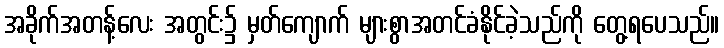
အခိုက်အတန့်လေး အတွင်း၌ မှတ်ကျောက် များစွာအတင်ခံနိုင်ခဲ့သည်ကို တွေ့ရပေသည်။